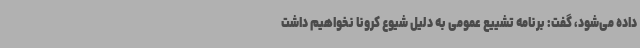
داده می‌شود، گفت: برنامه تشییع عمومی به دلیل شیوع کرونا نخواهیم داشت